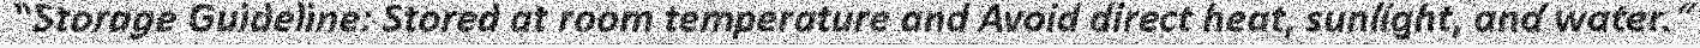
"Storage Guideline: Stored at room temperature and Avoid direct heat, sunlight, and water."